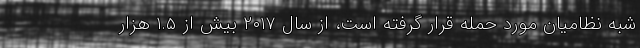
شبه نظامیان مورد حمله قرار گرفته است، از سال ۲۰۱۷ بیش از ۱.۵ هزار